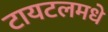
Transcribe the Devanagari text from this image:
टायटलमधे